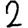
Digit: 2